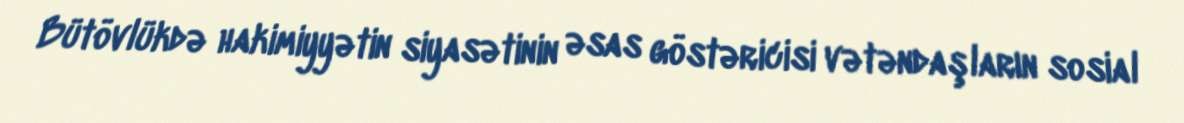
Bütövlükdə hakimiyyətin siyasətinin əsas göstəricisi vətəndaşların sosial